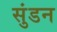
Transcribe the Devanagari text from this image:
सुंडन